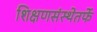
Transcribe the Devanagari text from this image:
शिक्षणसंस्थेतर्फे